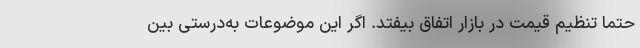
حتماً تنظیم قیمت در بازار اتفاق بیفتد. اگر این موضوعات به‌درستی بین